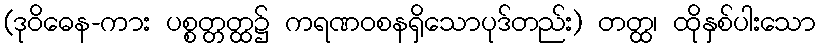
(ဒုဝိဓေန-ကား ပစ္စတ္တတ္ထ၌ ကရဏဝစနရှိသောပုဒ်တည်း) တတ္ထ၊ ထိုနှစ်ပါးသော